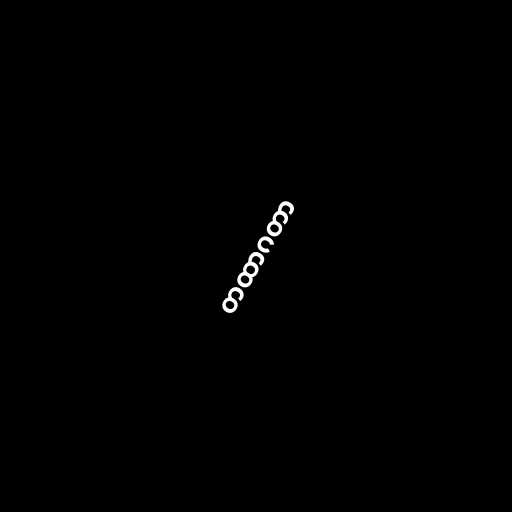
တထာဂတာ